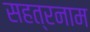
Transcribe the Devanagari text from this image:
सहत्रनाम